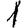
Digit: 1